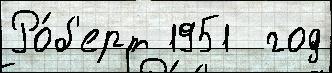
Ро́б'ерт 1951  год